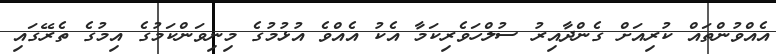
އެއްވުންތައް ކުރިއަށް ގެންދާއިރު ސުލްހަވެރިކަމާ އެކު އެއްވެ އުޅުމުގެ މިނިވަންކަމުގެ އިމުގެ ތެރޭގައި